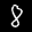
Label: 8